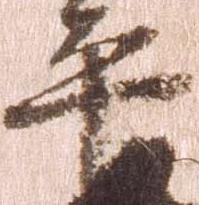
平